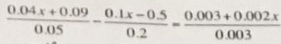
\frac { 0 . 0 0 4 x \times 0 . 0 9 } { 0 . 0 5 } - \frac { 0 . 1 x - 0 . 5 } { 0 . 2 } = \frac { 0 . 0 0 0 3 + 0 . 0 0 0 2 x } { 0 . 0 0 0 3 }